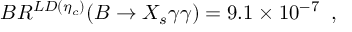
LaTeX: B R ^ { L D ( \eta _ { c } ) } ( B \to X _ { s } \gamma \gamma ) = 9 . 1 \times 1 0 ^ { - 7 } \; \; ,